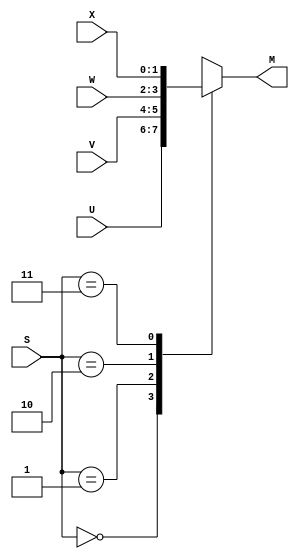
// implements a 2-bit wide 4-to-1 multiplexer
module mux_2bit_4to1 (S, U, V, W, X, M);
input [1:0] S, U, V, W, X;
output reg [1:0] M;

always@(U or V or W or X or S)
begin
	case(S)
		2'b00: M <= U;
		2'b01: M <= V;
		2'b10: M <= W;
		2'b11: M <= X;
	endcase
end

endmodule